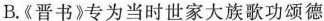
B.《晋书》专为当时世家大族歌功颂德